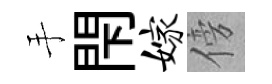
手閇嫁傍